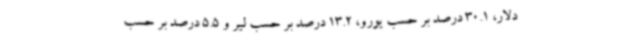
دلار، 30.1 درصد بر حسب یورو، 13.2 درصد بر حسب لیر و 5.5 درصد بر حسب